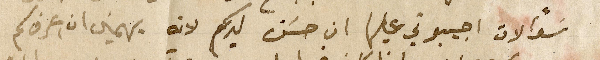
سؤالات اجيبوني عليها ان حسَن لديكم لانه يهمني ان اعرف كم